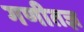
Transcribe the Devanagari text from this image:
गणीतज्ञ